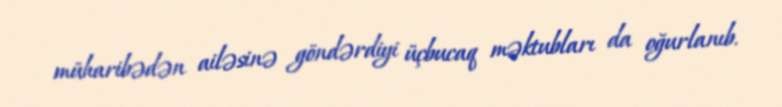
müharibədən ailəsinə göndərdiyi üçbucaq məktubları da oğurlanıb.